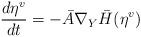
LaTeX: \begin{align*}\frac{d \eta^{v}}{dt} = - \bar{A}\nabla_Y \bar{H}(\eta ^v)\end{align*}